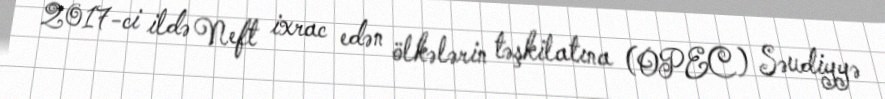
2017-ci ildə Neft ixrac edən ölkələrin təşkilatına (OPEC) Səudiyyə